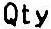
QTY